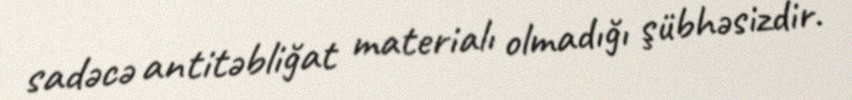
sadəcə antitəbliğat materialı olmadığı şübhəsizdir.